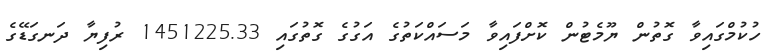
ހުކުމްގައިވާ ގޮތުން ޔޫމެޓުން ކޮށްފައިވާ މަސައްކަތުގެ އަގުގެ ގޮތުގައި 1451225.33 ރުފިޔާ ދަނގަޑޭގެ